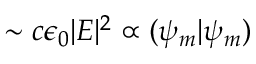
\sim c \epsilon _ { 0 } | E | ^ { 2 } \propto ( \psi _ { m } | \psi _ { m } )